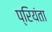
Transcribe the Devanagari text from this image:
प्रियंता